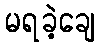
မရခဲ့ချေ